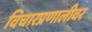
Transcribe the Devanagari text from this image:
विचारप्रणालीवर